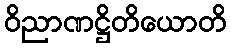
ဝိညာဏဋ္ဌိတိယောတိ